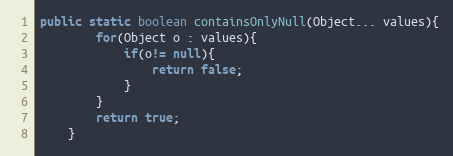
Language: Java
public static boolean containsOnlyNull(Object... values){
		for(Object o : values){
			if(o!= null){
				return false;
			}
		}
		return true;
	}